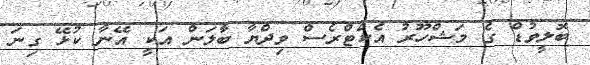
ބޮލީވުޑް ގެ މަޝްހޫރު އެކްޓްރެސް ވިދްޔާ ބާލަން އަކީ އޭނާ ކުޅޭ ގިނަ